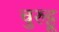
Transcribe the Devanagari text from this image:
चुरुट्टू